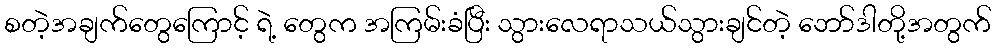
စတဲ့အချက်တွေကြောင့် ရဲ့ တွေက အကြမ်းခံပြီး သွားလေရာသယ်သွားချင်တဲ့ ဘော်ဒါတို့အတွက်